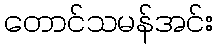
တောင်သမန်အင်း